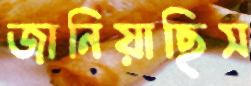
জানিয়াছিস